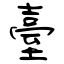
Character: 臺